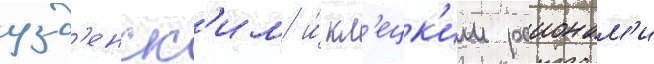
узд'енск'им и́ кл'ецк'им раионам'и